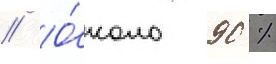
// О́коло 90 %